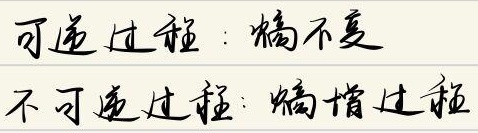
可逆过程：熵不变
不可逆过程：熵增过程